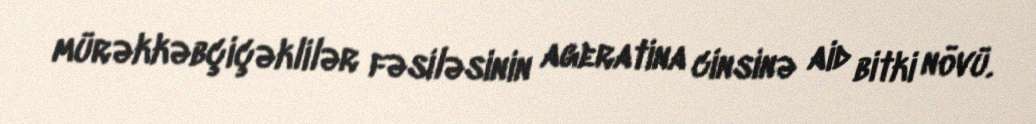
mürəkkəbçiçəklilər fəsiləsinin ageratina cinsinə aid bitki növü.